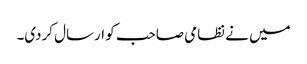
میں نے نظامی صاحب کو ارسال کردی۔